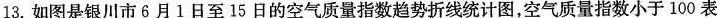
13.如图是银川市6月1日至15日的空气质量指数趋势折线统计图，空气质量指数小于100表